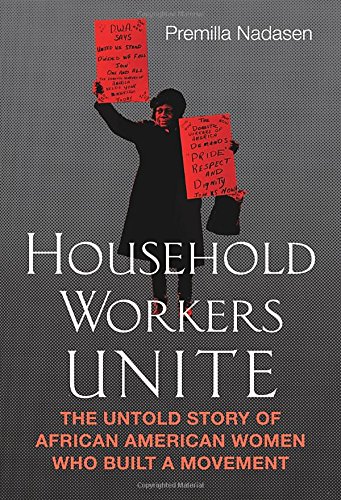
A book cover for Household Workers Unite: The Untold Story of African American Women Who Built a Movement; Premilla Nadasen; Business & Money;